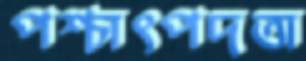
পশ্চাৎপদতা